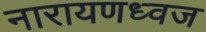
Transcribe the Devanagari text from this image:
नारायणध्वज